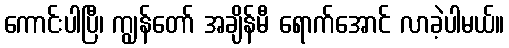
ကောင်းပါပြီ၊ ကျွန်တော် အချိန်မီ ရောက်အောင် လာခဲ့ပါမယ်။